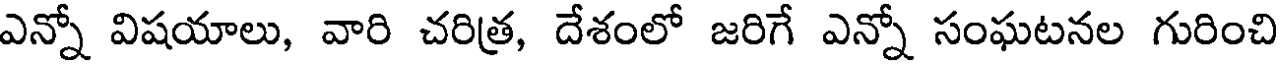
ఎన్నో విషయాలు, వారి చరిత్ర, దేశంలో జరిగే ఎన్నో సంఘటనల గురించి